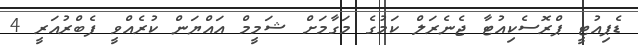
ޑެޕިއުޓީ ޕްރޮސެކިއުޓާ ޖެނެރަލް ކަމުގެ މަގާމަށް ޝަމީމް އައްޔަން ކުރެއްވީ ފެބްރުއަރީ 4